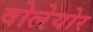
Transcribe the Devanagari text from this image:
वोलेयोर